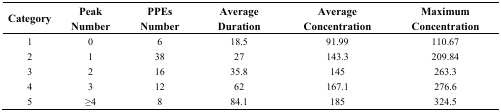
| Category | Peak Number | PPEs Number | Average Duration | Average Concentration | Maximum Concentration |
 | --- | --- | --- | --- | --- | --- |
 | 1 | 0 | 6 | 18.5 | 91.99 | 110.67 |
 | 2 | 1 | 38 | 27 | 143.3 | 209.84 |
 | 3 | 2 | 16 | 35.8 | 145 | 263.3 |
 | 4 | 3 | 12 | 62 | 167.1 | 276.6 |
 | 5 | ≥4 | 8 | 84.1 | 185 | 324.5 |